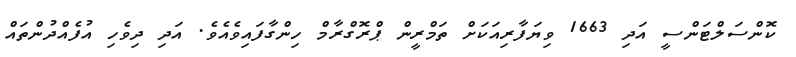
ކޮންސަލްޓަންސީ އަދި 1663 ވިޔަފާރިއަކަށް ތަމްރީން ޕްރޮގްރާމް ހިންގާފައިވެއެވެ. އަދި ދިވެހި އުފެއްދުންތައް